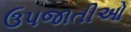
ઉપજાતીઓ